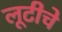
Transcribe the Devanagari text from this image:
लूटीचे